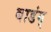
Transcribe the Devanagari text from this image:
बाडंग्